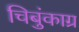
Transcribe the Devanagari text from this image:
चिबुंकाग्र